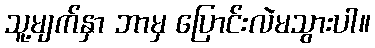
သူ့မျက်နှာ ဘာမှ ပြောင်းလဲမသွားပါ။